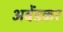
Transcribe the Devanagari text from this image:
अबेंडकर